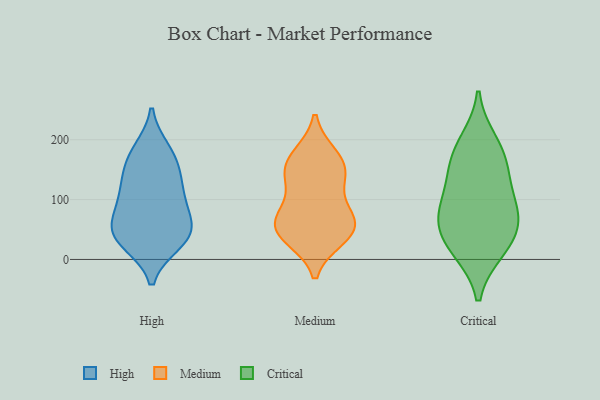
{"axis": {"x": "Inventory Turnover", "y": "Value"}, "legend": ["Critical", "High", "Medium"], "data": [{"x": "", "y": 95, "type": "High"}, {"x": "", "y": 182, "type": "High"}, {"x": "", "y": 28, "type": "High"}, {"x": "", "y": 56, "type": "High"}, {"x": "", "y": 29, "type": "High"}, {"x": "", "y": 102, "type": "High"}, {"x": "", "y": 52, "type": "High"}, {"x": "", "y": 152, "type": "High"}, {"x": "", "y": 52, "type": "High"}, {"x": "", "y": 139, "type": "High"}, {"x": "", "y": 176, "type": "High"}, {"x": "", "y": 41, "type": "High"}, {"x": "", "y": 111, "type": "High"}, {"x": "", "y": 54, "type": "Medium"}, {"x": "", "y": 174, "type": "Medium"}, {"x": "", "y": 140, "type": "Medium"}, {"x": "", "y": 52, "type": "Medium"}, {"x": "", "y": 147, "type": "Medium"}, {"x": "", "y": 170, "type": "Medium"}, {"x": "", "y": 36, "type": "Medium"}, {"x": "", "y": 78, "type": "Medium"}, {"x": "", "y": 39, "type": "Medium"}, {"x": "", "y": 84, "type": "Medium"}, {"x": "", "y": 58, "type": "Medium"}, {"x": "", "y": 137, "type": "Medium"}, {"x": "", "y": 16, "type": "Critical"}, {"x": "", "y": 18, "type": "Critical"}, {"x": "", "y": 68, "type": "Critical"}, {"x": "", "y": 155, "type": "Critical"}, {"x": "", "y": 172, "type": "Critical"}, {"x": "", "y": 71, "type": "Critical"}, {"x": "", "y": 196, "type": "Critical"}, {"x": "", "y": 91, "type": "Critical"}, {"x": "", "y": 123, "type": "Critical"}, {"x": "", "y": 51, "type": "Critical"}]}